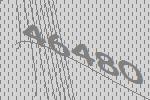
46480